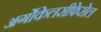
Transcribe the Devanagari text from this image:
अर्गोकेलसीफेरोल